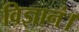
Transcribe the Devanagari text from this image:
विज्ञानं।